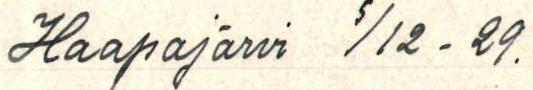
Haapajärvi 5/12-29.